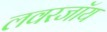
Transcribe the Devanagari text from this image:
लवरजॉय